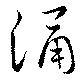
涌